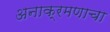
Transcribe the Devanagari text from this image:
अनाक्रमणाचा